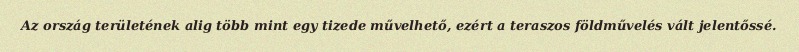
Az ország területének alig több mint egy tizede művelhető, ezért a teraszos földművelés vált jelentőssé.